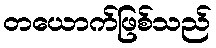
တယောက်ဖြစ်သည်